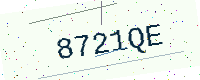
Text: 8721QE